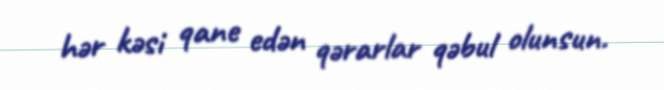
hər kəsi qane edən qərarlar qəbul olunsun.